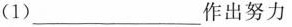
(1)___作出努力